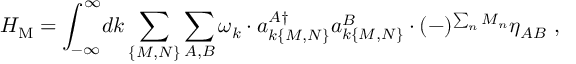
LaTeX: H _ { \mathrm { M } } = \int _ { - \infty } ^ { \infty } \! d k \sum _ { \{ M , N \} } \sum _ { A , B } \omega _ { k } \cdot a _ { k \{ M , N \} } ^ { A \dagger } a _ { k \{ M , N \} } ^ { B } \cdot ( - ) ^ { \sum _ { n } M _ { n } } \eta _ { A B } \ ,